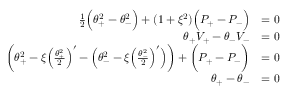
\begin{array} { r l } { \frac { 1 } { 2 } \Big ( \theta _ { + } ^ { 2 } - \theta _ { - } ^ { 2 } \Big ) + ( 1 + \xi ^ { 2 } ) \Big ( P _ { + } - P _ { - } \Big ) } & { = 0 } \\ { \theta _ { + } V _ { + } - \theta _ { - } V _ { - } } & { = 0 \ } \\ { \bigg ( \theta _ { + } ^ { 2 } - \xi \Big ( \frac { \theta _ { + } ^ { 2 } } { 2 } \Big ) ^ { \prime } - \Big ( \theta _ { - } ^ { 2 } - \xi \Big ( \frac { \theta _ { - } ^ { 2 } } { 2 } \Big ) ^ { \prime } \Big ) \bigg ) + \bigg ( P _ { + } - P _ { - } \bigg ) } & { = 0 } \\ { \theta _ { + } - \theta _ { - } } & { = 0 } \end{array}